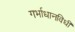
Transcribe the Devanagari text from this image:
गर्भाधानविधी